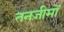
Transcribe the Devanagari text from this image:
तनज़ीमों